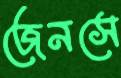
জেনসে